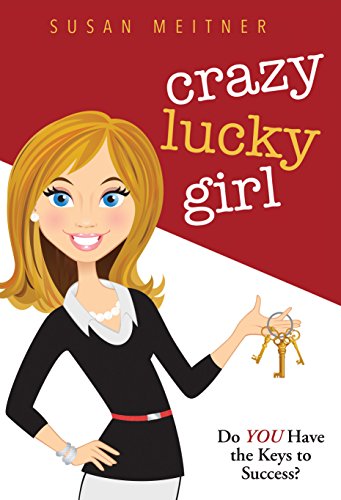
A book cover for Crazy Lucky Girl: Do You Have the Keys to Success?; Susan Meitner; Business & Money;